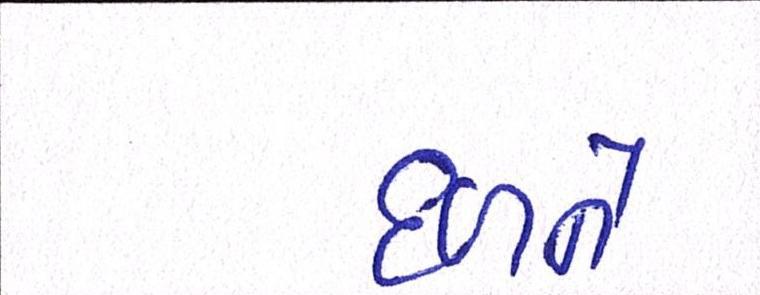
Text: દળને